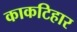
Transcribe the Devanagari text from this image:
काकटिहार